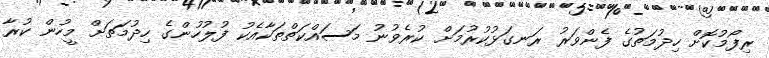
ރިފޯމުކޮށް ހިދުމަތުގެ ފެންވަރު ރަނގަޅުކުރުމަށް ކުރެވުނު މަސައްކަތްތަކާއެކު ފުލުހުންގެ ހިދުމަތަށް މީހުން ކުރާ